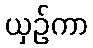
ယှဉ်ကာ